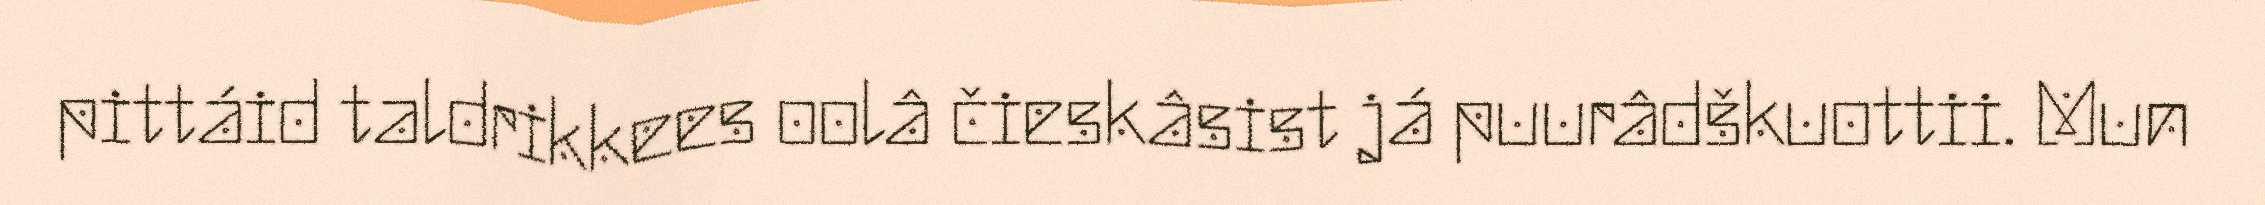
pittáid taldrikkees oolâ čieskâsist já puurâdškuottii. Mun